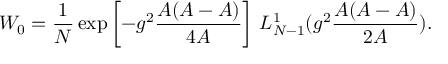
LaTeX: { \cal W } _ { 0 } = \frac { 1 } { N } \exp \left[ - g ^ { 2 } \frac { { \cal A } ( A - { \cal A } ) } { 4 A } \right] \, L _ { N - 1 } ^ { 1 } ( g ^ { 2 } \frac { { \cal A } ( A - { \cal A } ) } { 2 A } ) .